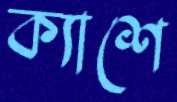
ক্যাশে